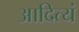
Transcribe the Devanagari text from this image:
आदित्यं